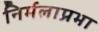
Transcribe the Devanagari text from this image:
निर्मलाप्रभा